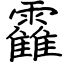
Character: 靃